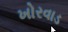
ખોરવાડ